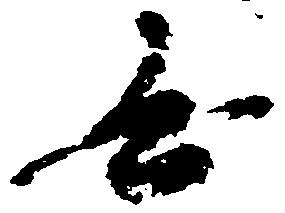
無